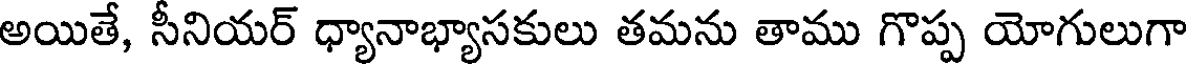
అయితే, సీనియర్ ధ్యానాభ్యాసకులు తమను తాము గొప్ప యోగులుగా